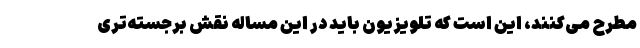
مطرح می‌کنند، این است که تلویزیون باید در این مساله نقش برجسته‌تری